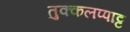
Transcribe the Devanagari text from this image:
तुक्कलप्पाट्ट